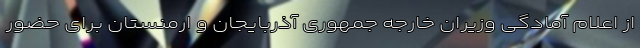
از اعلام آمادگی وزیران خارجه جمهوری آذربایجان و ارمنستان برای حضور